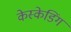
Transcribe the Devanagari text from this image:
केस्केडिंग